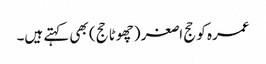
عمرہ کو حج اصغر (چھوٹا حج) بھی کہتے ہیں۔